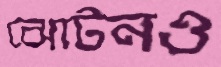
ঝোটনও